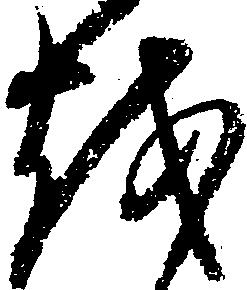
越